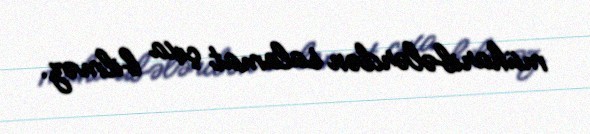
müharibələrdən salamat çıxa bilməz.